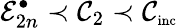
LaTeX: \mathcal{E}_{2n}^{\bullet}\prec\mathcal{C}_{2}\prec\mathcal{C}_{\textnormal{\scriptsize inc}}